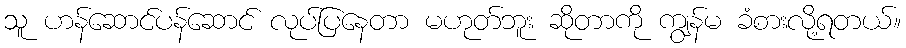
သူ ဟန်ဆောင်ပန်ဆောင် လုပ်ပြနေတာ မဟုတ်ဘူး ဆိုတာကို ကျွန်မ ခံစားလို့ရတယ်။